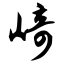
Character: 崎